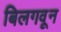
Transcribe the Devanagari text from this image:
बिलगवून